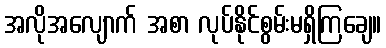
အလိုအလျောက် အစာ လုပ်နိုင်စွမ်းမရှိကြချေ။